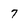
Character: 7